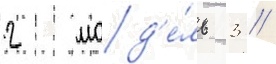
2 мод'е́ль 3 /